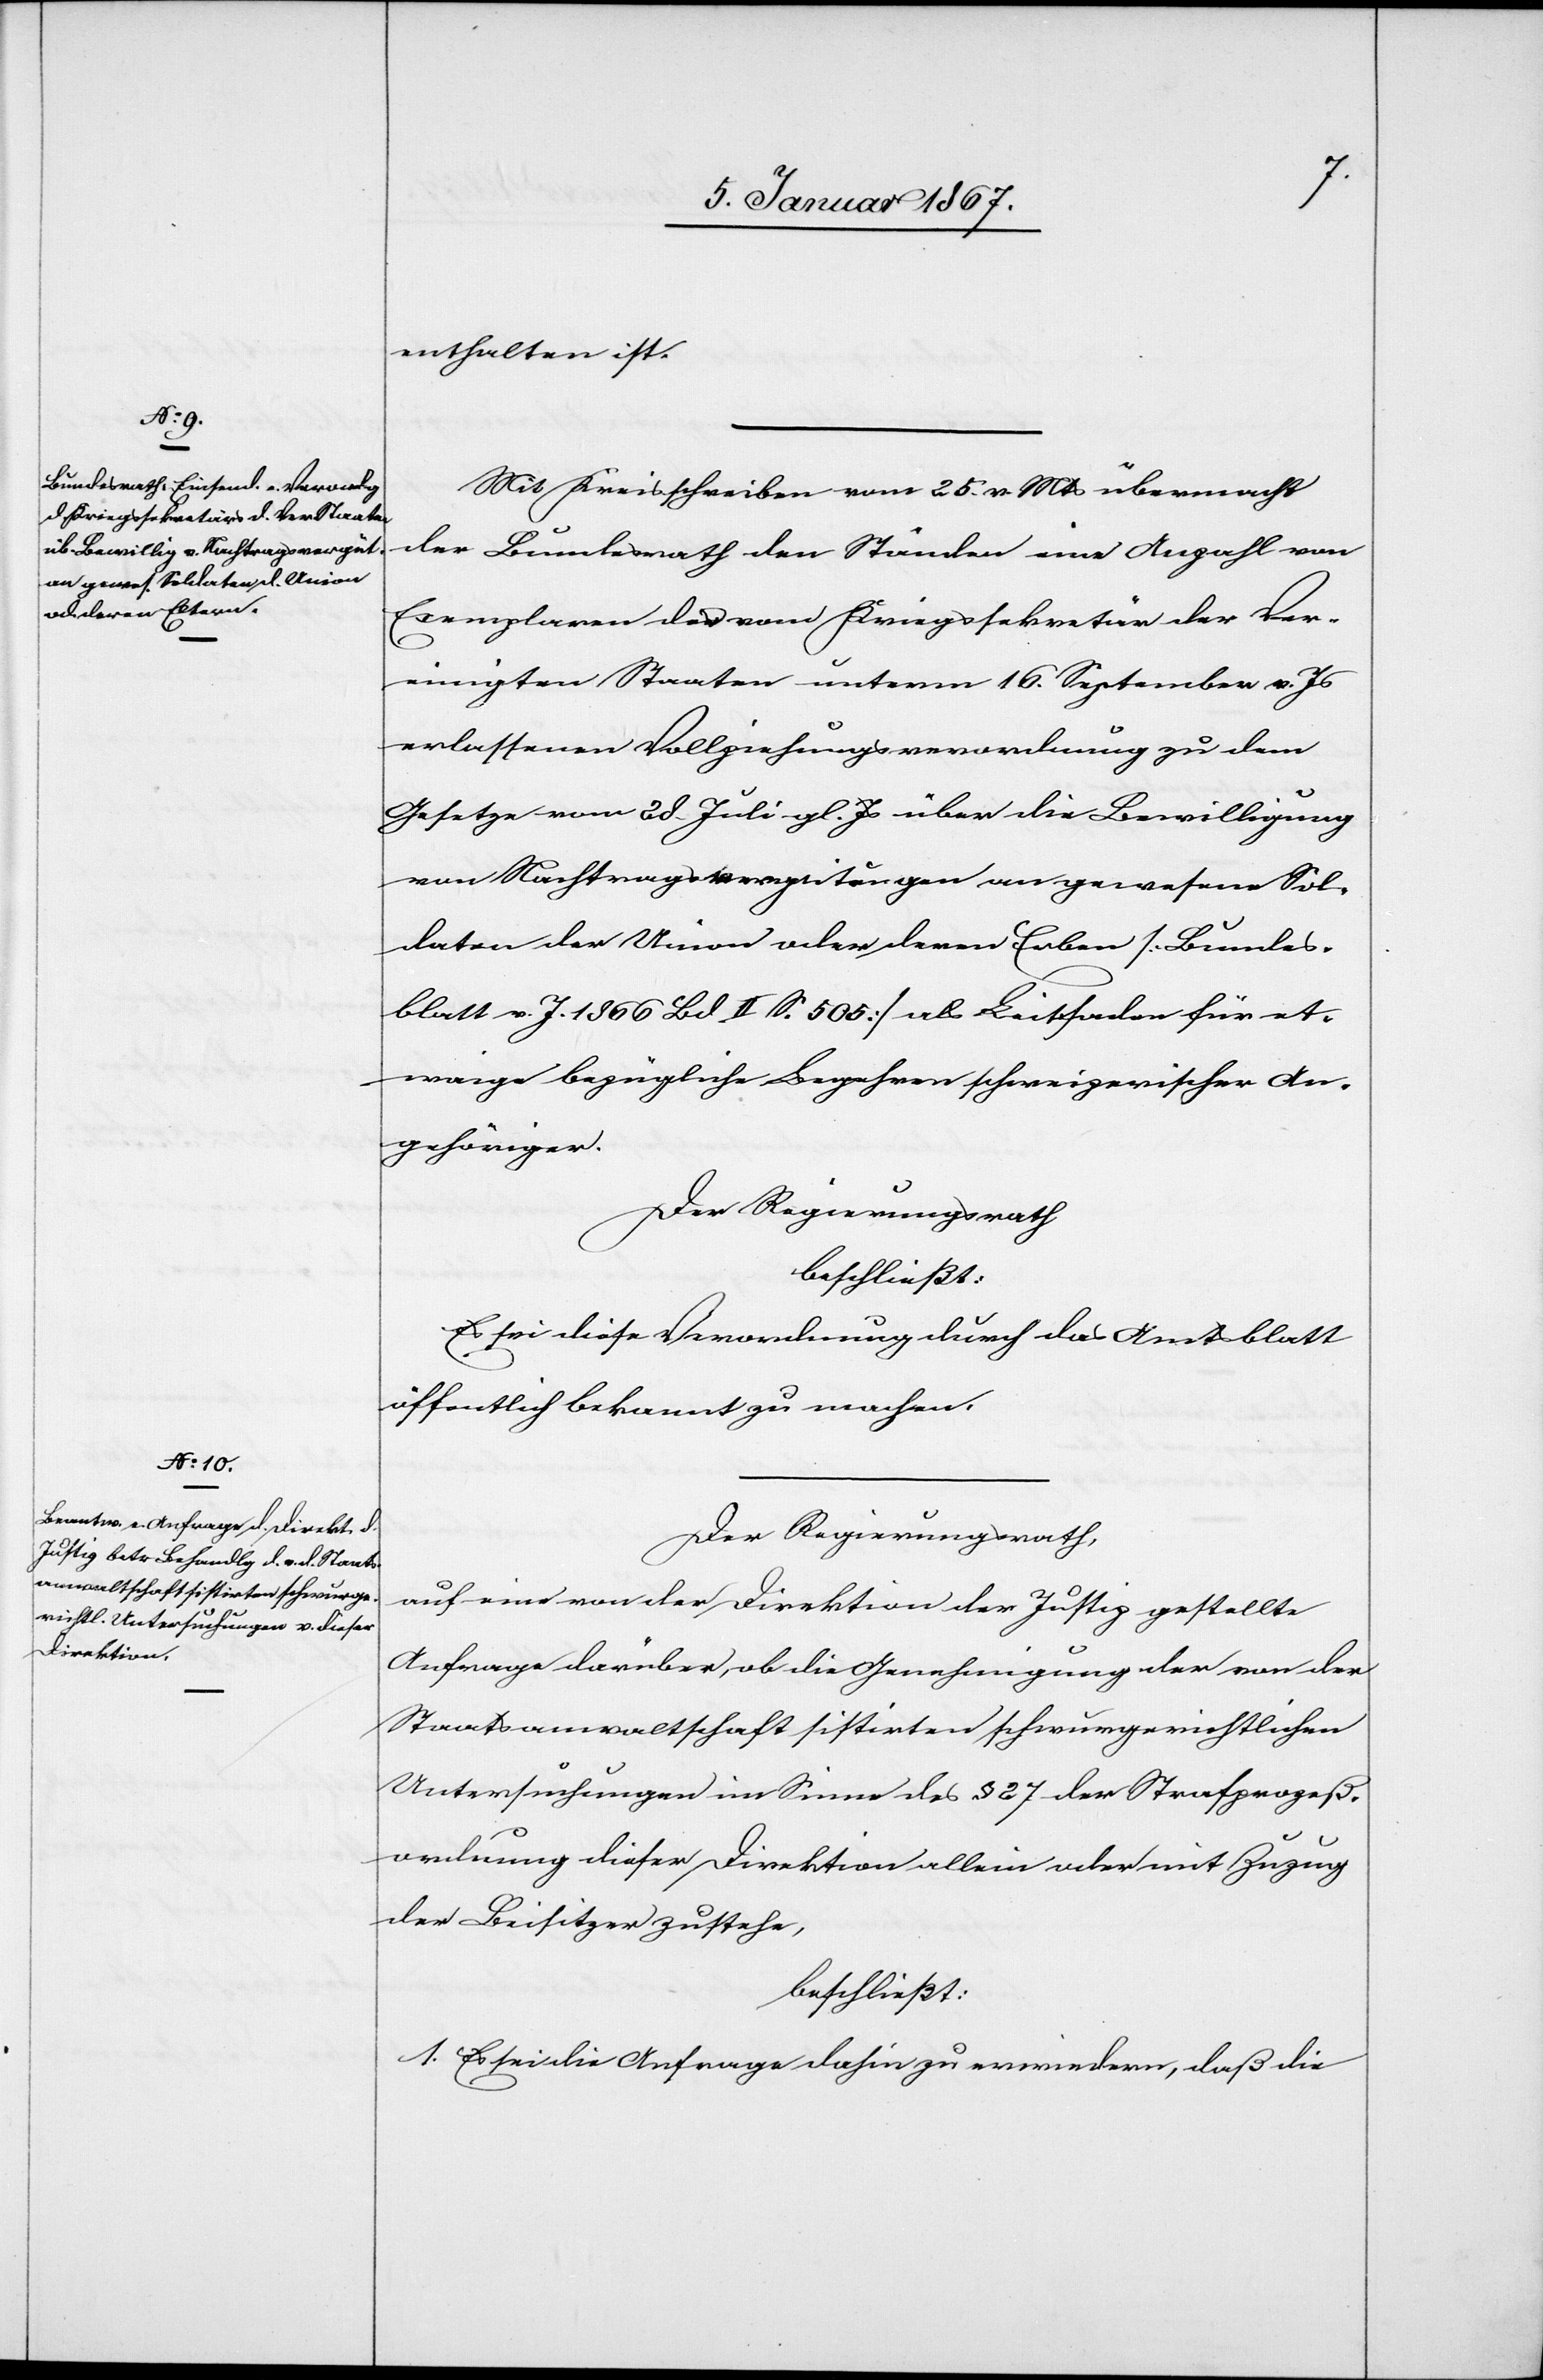
enthalten ist.
Mit Kreisschreiben vom 25. v. Mts übermacht
der Bundesrath den Ständen eine Anzahl von
Exemplaren des vom Kriegssekretär der Ver¬
einigten Staaten unterm 16. September v. Js
erlassenen Vollziehungsverordnung zu dem
Gesetze vom 28. Juli gl. Js über die Bewilligung
von Nachtragsvergütungen an gewesene Sol¬
daten der Union oder deren Erben [Bundes¬
blatt v. J. 1866 Bd II. S. 505] ob Leitfaden für et¬
waige bezügliche Begehren schweizerischen An¬
gehöriger.
Der Regierungsrath
beschließt:
Es sei diese Verwendung durch das Amtsblatt
öffentlich bekannt zu machen.
Der Regierungsrath,
auf eine von der Direktion der Justiz gestellte
Anfrage darüber, ob die Genehmigung der von der
Staatsanwaltschaft sistirten schwurgerichtlichen
Untersuchungen im Sinne des § 27 der Strafprozeß¬
ordnung dieser Direktion allein oder mit Zuzug
der Beisitzer zustehe,
beschließt:
1. Es sei die Anfrage dahin zu erwiedern, daß die